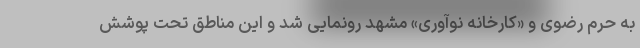
به حرم رضوی و «کارخانه نوآوری» مشهد رونمایی شد و این مناطق تحت پوشش